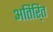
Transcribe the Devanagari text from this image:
अतिरि्‍त